Report on lock hospitals in British Burma
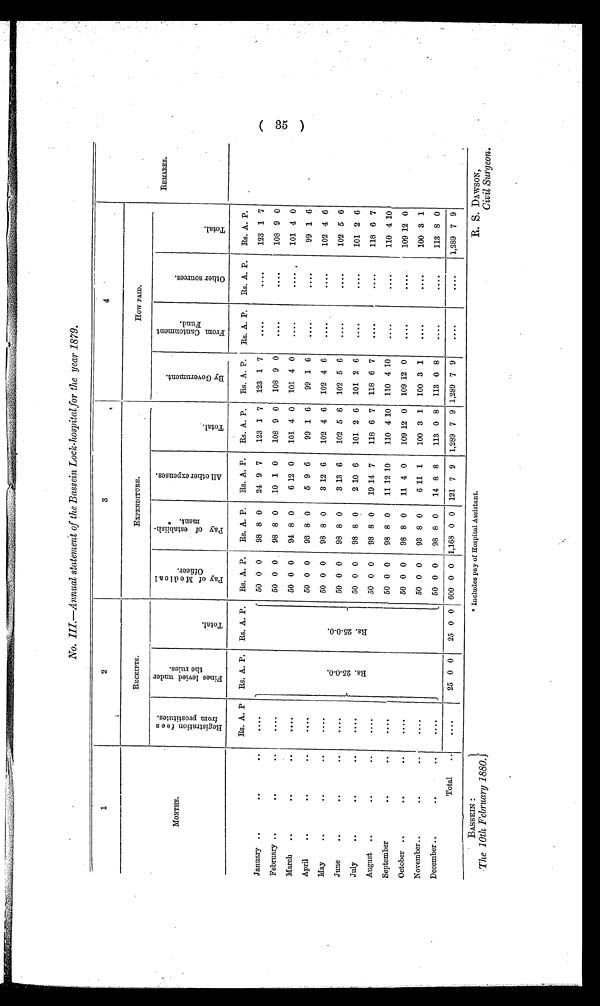
BASSEIN :
The 10th February 1880.
* Includes pay of Hospital Assistant.
R. S. DAWSON,
Civil Surgeon.
No. III.—Annual statement of the Bassein Lock-hospital for the year 1879.
1
2
3
4
REMARKS .
MONTHS.
RECEIPTS.
EXPENDITURE.
How PAID.
R e g i s t r a t i o n f e e s
f r o m p r o s t i t u t e s .
F i n e s l e v i e d u n d e r
t h e r u l e s .
T o t a l .
P a y o f M e d i c a l
O f f i c e r .
P a y o f e s t a b l i s h -
m e n t . *
A l l o t h e r e x p e n c e s .
T o t a l .
B y G o v e r n m e n t .
F r o m C a n t o n m e n t
F u n d .
O t h e r s o u r c e s .
T o t a l .
Rs. A. P Rs. A. P. Rs.. A. P. Rs. A. P. Rs. A. P. Rs. A. P. Rs. A. P. Rs. A. P. Rs. A. P. Rs. A. P. Rs. A. P.
January ..
..
. .
. . .
R s . 2 5 - 0 - 0 .
R s . 2 5 - 0 - 0 .
50 0 0
98 8 0
24 9 7
123 1 7 123 1 7
....
....
123 1 7
50 0 0
98 8 0
10 1 0
108 9 0 108 9 0
....
. . .
108 9 0
February ..
..
. .
. . .
March ..
. .
. .
. . .
50 0 0
94 8 0
6 12 0
101 4 0 101 4 0
...
....
101 4 0
April
..
..
..
....
50 0 0
93 8 0
5 9 6
99 1 6
99 1 6
....
....
99 1 6
May
..
..
..
. . . .
50 0 0
98 8 0
3 12 6
102 4 6 102 4 6
....
....
102 4 6
50 0 0
98 8 0
3 13 6
102 5 6 102 5 6
....
. . .
102 5 6
June
..
..
..
....
July
..
..
..
....
50 0 0
98 8 0
2 10 6
101 2 6 101 2 6
....
....
101 2 6
August ..
..
..
....
50 0 0
98 8 0
19 14 7
118 6 7 118 6 7
....
. . .
118 6 7
September
..
..
....
50 0 0
98 8 0
11 12
1 0 110 4 10 110 4 10
....
....
110 4 10
October ..
..
..
....
50 0 0
98 8 0
11 4 0
109 12 0 109 12 0
....
. . .
109 12 0
November..
..
..
....
50 0 0
93 8 0
6 11 1
100 3 1 100 3 1
....
....
100 3 1
December ..
..
. .
. . . .
50 0 0
98 8 0
14 8 8
113 0 8 113 0 8
....
....
113 8 0
Total
..
. . . . 25 0 0
25 0 0 600 0 0 1,168 0 0 121 7 9 1,289 7 9 1,289 7 9
....
....
1,289 7 9
( 35 )